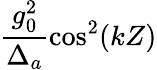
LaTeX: \frac{g_{0}^{2}}{\Delta_{a}}\cos^{2}(kZ)